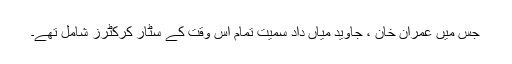
جس میں عمران خان ، جاوید میاں داد سمیت تمام اس وقت کے سٹار کرکٹرز شامل تھے۔